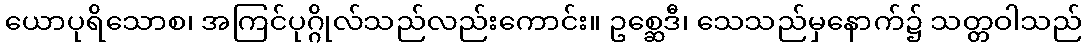
ယောပုရိသောစ၊ အကြင်ပုဂ္ဂိုလ်သည်လည်းကောင်း။ ဥစ္ဆေဒီ၊ သေသည်မှနောက်၌ သတ္တဝါသည်